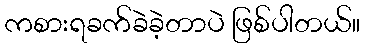
ကစားရခက်ခဲခဲ့တာပဲ ဖြစ်ပါတယ်။